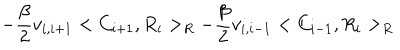
- \frac { \beta } { 2 } v _ { i , i + 1 } < C _ { i + 1 } , R _ { i } > _ { R } - \frac { \beta } { 2 } v _ { i , i - 1 } < C _ { i - 1 } , R _ { i } > _ { R }